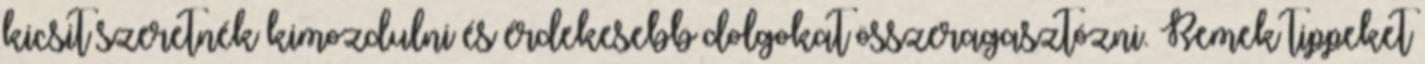
kicsit szeretnék kimozdulni és érdekesebb dolgokat összeragasztózni. Remek tippeket